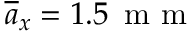
\overline { { a } } _ { x } = 1 . 5 \, \mathrm { ~ m ~ m ~ }